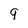
Character: 9